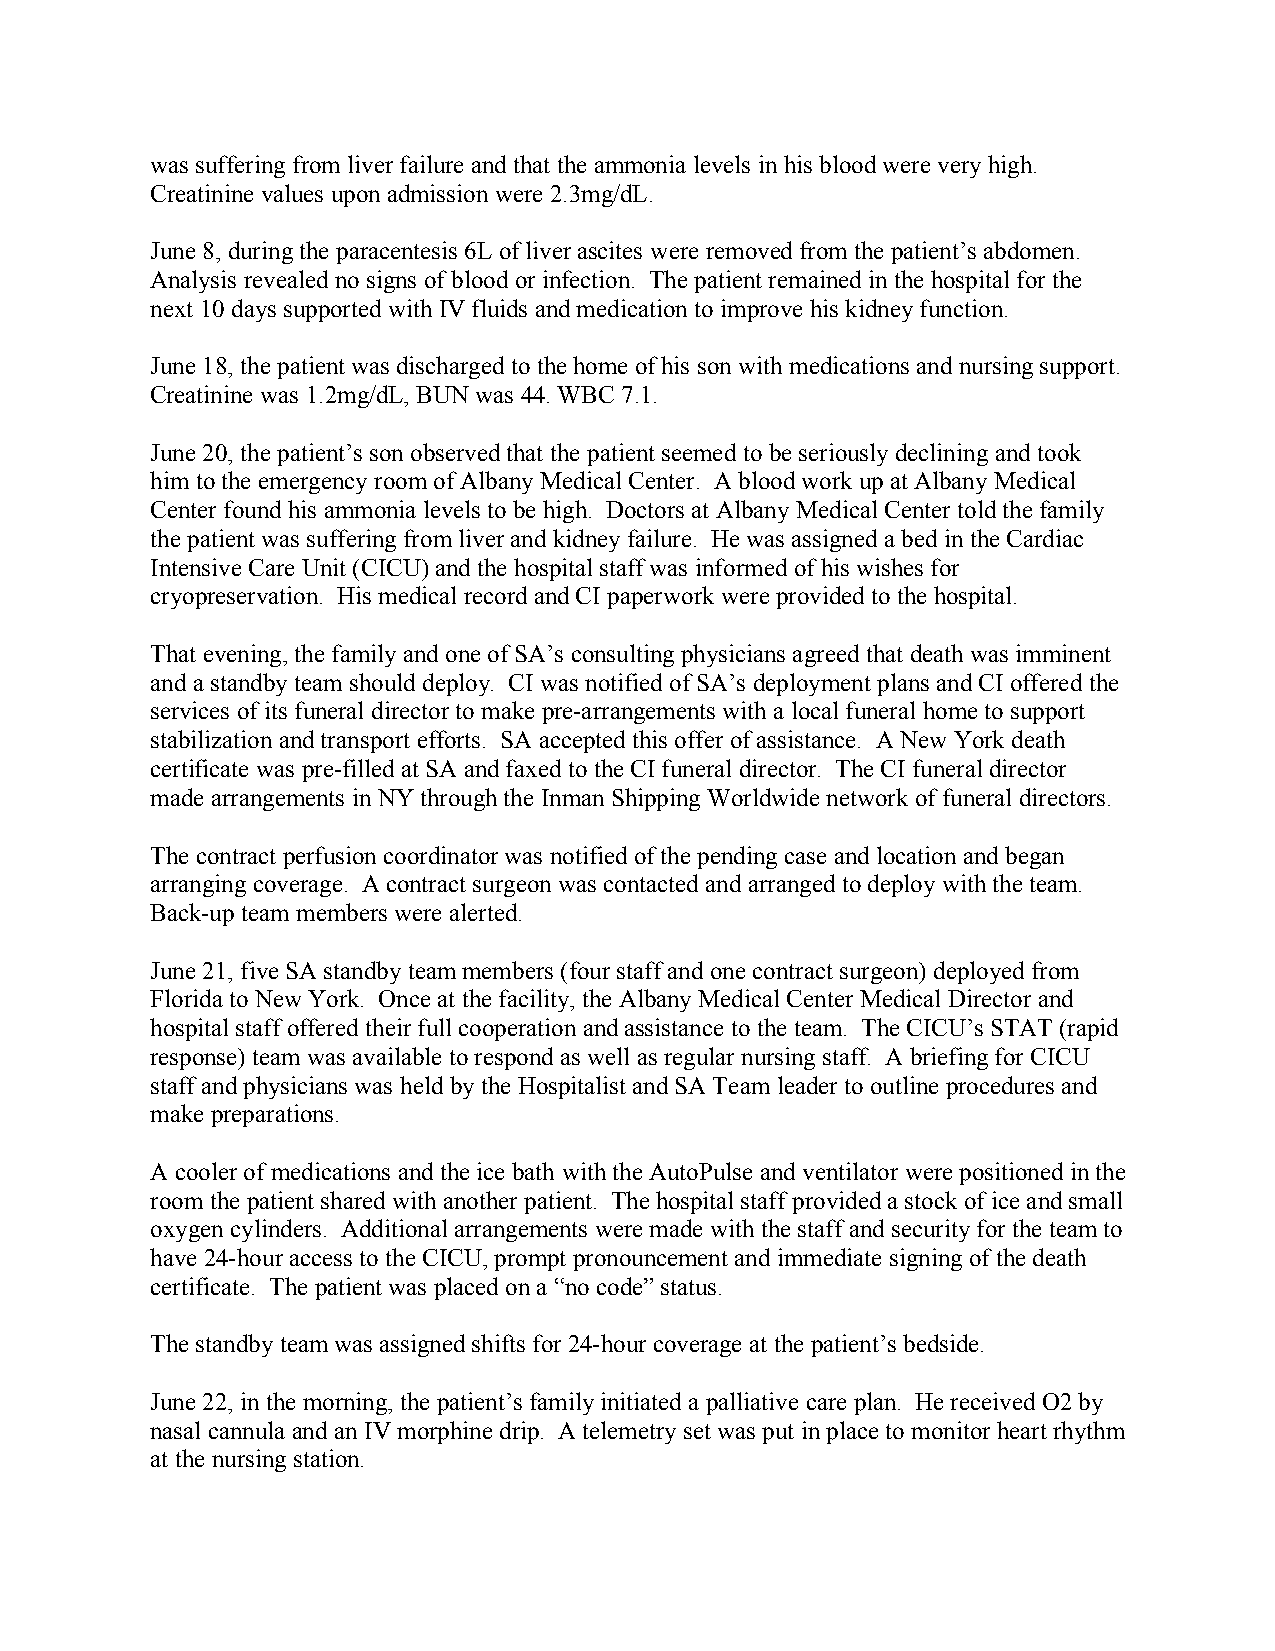
was suffering from liver failure and that the ammonia levels in his blood were very high.
 Creatinine values upon admission were 2.3mg/dL.
 June 8, during the paracentesis 6L of liver ascites were removed from the patient’s abdomen.
 Analysis revealed no signs of blood or infection. The patient remained in the hospital for the
 next 10 days supported with IV fluids and medication to improve his kidney function.
 June 18, the patient was discharged to the home of his son with medications and nursing support.
 Creatinine was 1.2mg/dL, BUN was 44. WBC 7.1.
 June 20, the patient’s son observed that the patient seemed to be seriously declining and took
 him to the emergency room of Albany Medical Center. A blood work up at Albany Medical
 Center found his ammonia levels to be high. Doctors at Albany Medical Center told the family
 the patient was suffering from liver and kidney failure. He was assigned a bed in the Cardiac
 Intensive Care Unit (CICU) and the hospital staff was informed of his wishes for
 cryopreservation. His medical record and CI paperwork were provided to the hospital.
 That evening, the family and one of SA’s consulting physicians agreed that death was imminent
 and a standby team should deploy. CI was notified of SA’s deployment plans and CI offered the
 services of its funeral director to make pre-arrangements with a local funeral home to support
 stabilization and transport efforts. SA accepted this offer of assistance. A New York death
 certificate was pre-filled at SA and faxed to the CI funeral director. The CI funeral director
 made arrangements in NY through the Inman Shipping Worldwide network of funeral directors.
 The contract perfusion coordinator was notified of the pending case and location and began
 arranging coverage. A contract surgeon was contacted and arranged to deploy with the team.
 Back-up team members were alerted.
 June 21, five SA standby team members (four staff and one contract surgeon) deployed from
 Florida to New York. Once at the facility, the Albany Medical Center Medical Director and
 hospital staff offered their full cooperation and assistance to the team. The CICU’s STAT (rapid
 response) team was available to respond as well as regular nursing staff. A briefing for CICU
 staff and physicians was held by the Hospitalist and SA Team leader to outline procedures and
 make preparations.
 A cooler of medications and the ice bath with the AutoPulse and ventilator were positioned in the
 room the patient shared with another patient. The hospital staff provided a stock of ice and small
 oxygen cylinders. Additional arrangements were made with the staff and security for the team to
 have 24-hour access to the CICU, prompt pronouncement and immediate signing of the death
 certificate. The patient was placed on a “no code” status.
 The standby team was assigned shifts for 24-hour coverage at the patient’s bedside.
 June 22, in the morning, the patient’s family initiated a palliative care plan. He received O2 by
 nasal cannula and an IV morphine drip. A telemetry set was put in place to monitor heart rhythm
 at the nursing station.